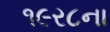
૧૯ર૮ના